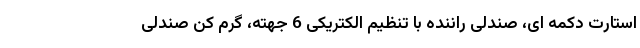
استارت دکمه ای، صندلی راننده با تنظیم الکتریکی 6 جهته، گرم کن صندلی